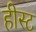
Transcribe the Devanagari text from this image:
हीस्ट